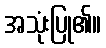
အသုံးပြု၏။